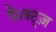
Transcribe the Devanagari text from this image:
फ़ैक्ट्ज़